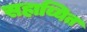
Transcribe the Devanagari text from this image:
सहाय्यित